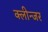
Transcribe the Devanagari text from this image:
क्लीन्जर